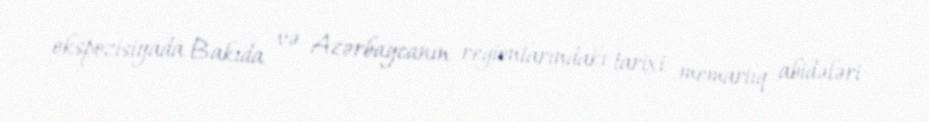
ekspozisiyada Bakıda və Azərbaycanın regionlarındakı tarixi memarlıq abidələri